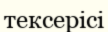
тексерісі